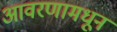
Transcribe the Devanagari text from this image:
आवरणामधून